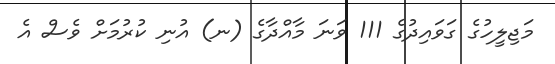
މަޖިލީހުގެ ގަވައިދުގެ 111 ވަނަ މާއްދާގެ (ނ) އުނި ކުރުމަށް ވެސް އެ